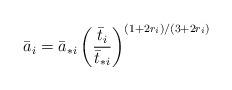
LaTeX: \begin{align*}\bar{a}_i = \bar{a}_{*i} \left( {\bar{t}_i\over\bar{t}_{*i}} \right)^{(1+2r_i)/(3+2r_i)}\end{align*}